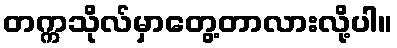
တက္ကသိုလ်မှာတွေ့တာလားလို့ပါ။